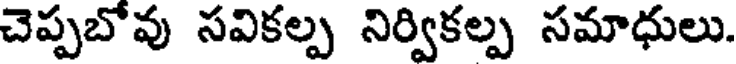
చెప్పబోవు సవికల్ప నిర్వికల్ప సమాధులు.